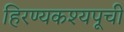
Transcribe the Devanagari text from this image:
हिरण्यकश्यपूची